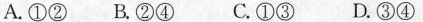
A.①②B.②④ C.①③D.③④